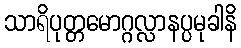
သာရိပုတ္တမောဂ္ဂလ္လာနပ္ပမုခါနိ